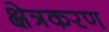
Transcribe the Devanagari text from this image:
क्षेत्रकरण